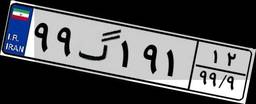
۹۹گ۱۹۱۱۲